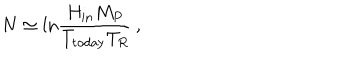
N \simeq \mathrm { l n } { \frac { H _ { \mathrm { i n } } M _ { P } } { T _ { \mathrm { t o d a y } } T _ { R } } } \, ,